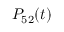
P _ { 5 2 } ( t )